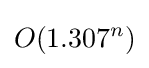
O(1.307^{n})